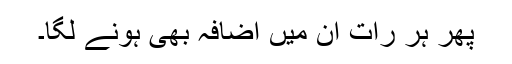
پھر ہر رات ان میں اضافہ بھی ہونے لگا۔